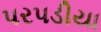
પરપડીયા